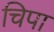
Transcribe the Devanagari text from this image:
चिपा